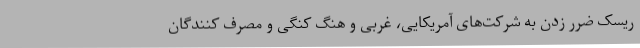
ریسک ضرر زدن به شرکت‌های آمریکایی، غربی و هنگ کنگی و مصرف کنندگان